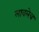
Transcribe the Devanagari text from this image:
लावलेच